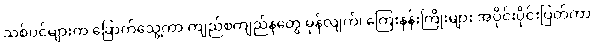
သစ်ပင်များက ခြောက်သွေ့ကာ ကျည်စကျည်နတွေ မှန်လျက်၊ ကြေးနန်းကြိုးများ အပိုင်းပိုင်းပြတ်ကာ